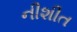
નીશીત